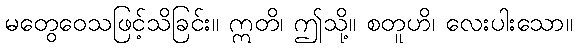
မတွေဝေသဖြင့်သိခြင်း။ ဣတိ၊ ဤသို့။ စတူဟိ၊ လေးပါးသော။